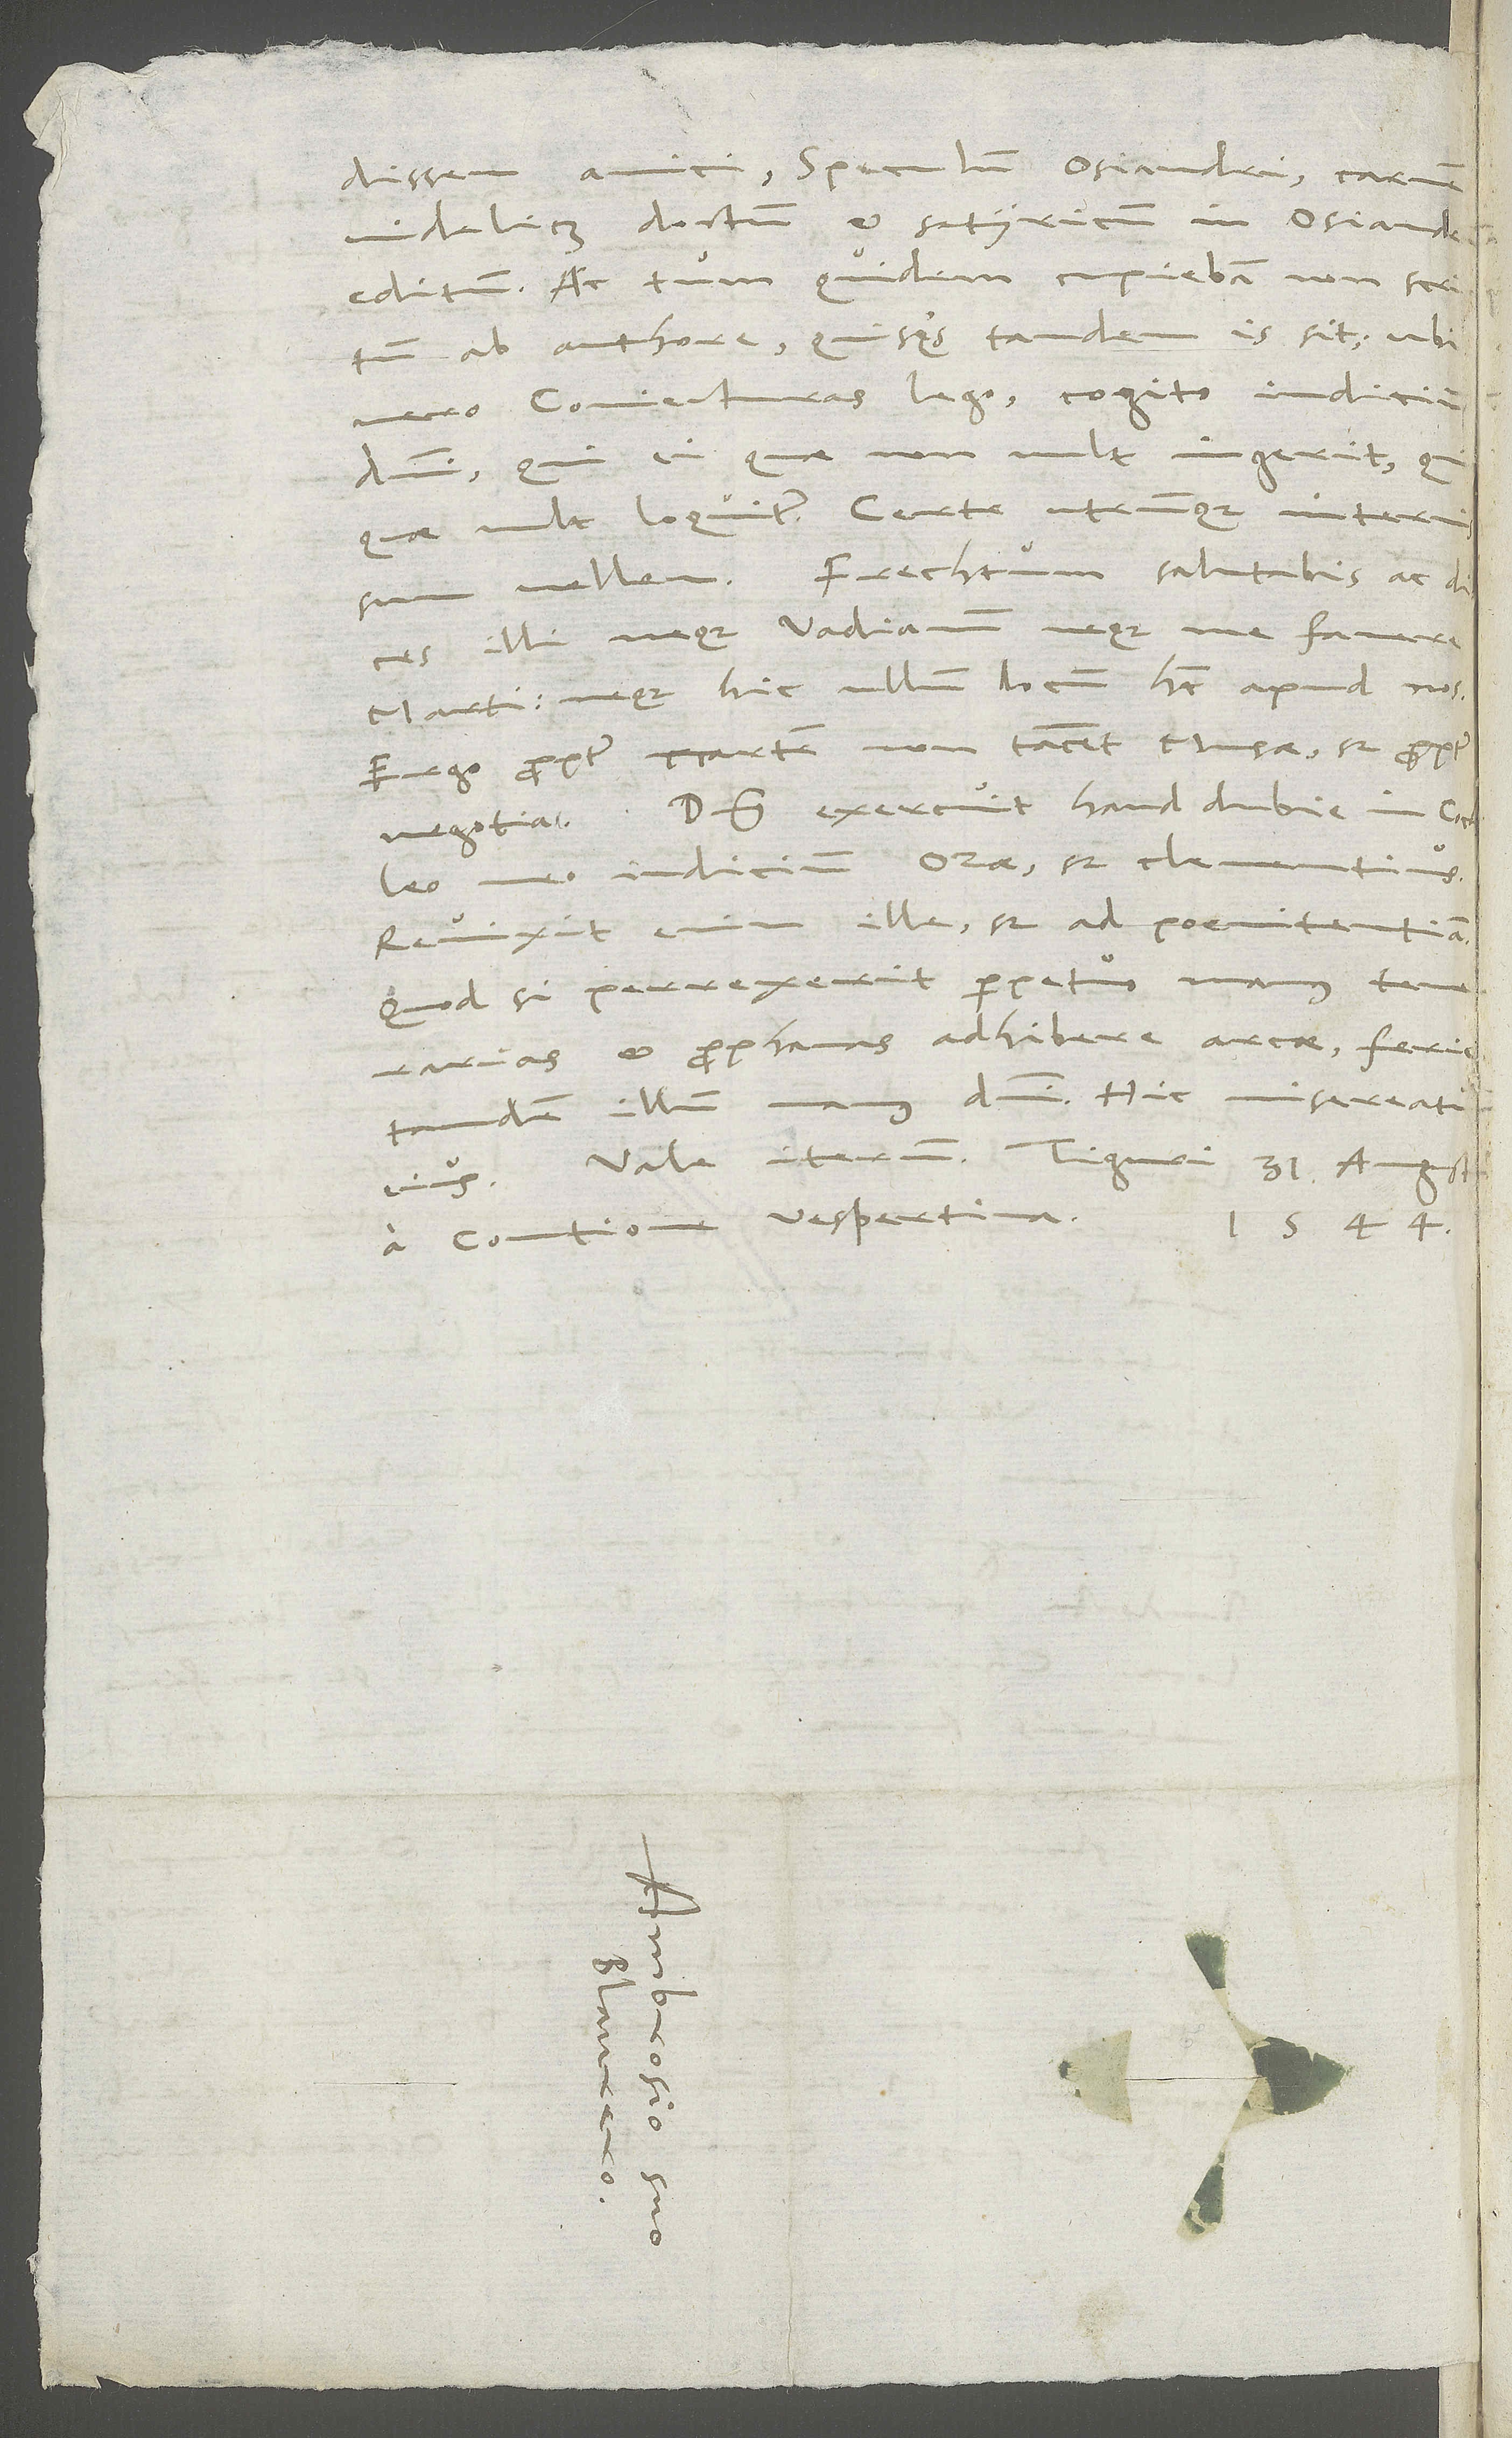
issem amici „speculum Osiandri“, carmen
videlicet doctum et satyricum in Osiandrsum
illi, neque Vadianum neque me favere
Marti; neque hic ullum locum habet apud nos.
Ergo propter Martem non tacent Musae, sed propter
Dominus exercuit haud dubie in Cochleo
meo iudicium Ozae, sed clementius;
revixit enim ille, sed ad poenitentiam.
Quod si perrexerit perpetuo manus temerarias
et prophanas adhibere arcae, feriet
tandem illum manus domini. Hic misereatur
a contione vespertina
1544.